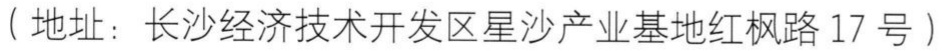
（地址：长沙经济技术开发区星沙产业基地红枫路 17 号）